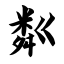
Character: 粼